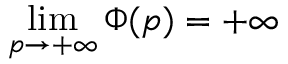
\operatorname* { l i m } _ { p \to + \infty } \Phi ( p ) = + \infty